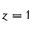
z = 1